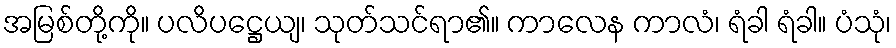
အမြစ်တို့ကို။ ပလိပဋ္ဌေယျ၊ သုတ်သင်ရာ၏။ ကာလေန ကာလံ၊ ရံခါ ရံခါ။ ပံသုံ၊